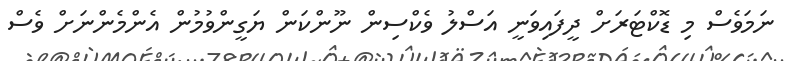
ނަމަވެސް މި ޑޮކްޓަރަށް ދީފައިވަނީ އަސްލު ވެކްސިން ނޫންކަން ޔަގީންވުމުން އެންމެންނަށް ވެސް